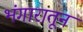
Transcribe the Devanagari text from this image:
भंगारातून